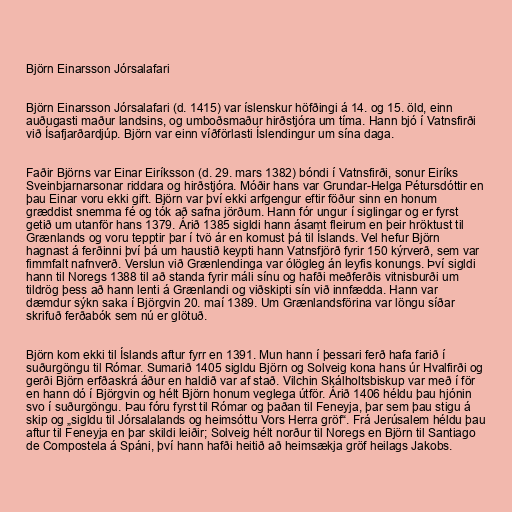
Björn Einarsson Jórsalafari

Björn Einarsson Jórsalafari (d. 1415) var íslenskur höfðingi á 14. og 15. öld, einn
auðugasti maður landsins, og umboðsmaður hirðstjóra um tíma. Hann bjó í Vatnsfirði
við Ísafjarðardjúp. Björn var einn víðförlasti Íslendingur um sína daga.

Faðir Björns var Einar Eiríksson (d. 29. mars 1382) bóndi í Vatnsfirði, sonur Eiríks
Sveinbjarnarsonar riddara og hirðstjóra. Móðir hans var Grundar-Helga Pétursdóttir en
þau Einar voru ekki gift. Björn var því ekki arfgengur eftir föður sinn en honum
græddist snemma fé og tók að safna jörðum. Hann fór ungur í siglingar og er fyrst
getið um utanför hans 1379. Árið 1385 sigldi hann ásamt fleirum en þeir hröktust til
Grænlands og voru tepptir þar í tvö ár en komust þá til Íslands. Vel hefur Björn
hagnast á ferðinni því þá um haustið keypti hann Vatnsfjörð fyrir 150 kýrverð, sem var
fimmfalt nafnverð. Verslun við Grænlendinga var ólögleg án leyfis konungs. Því sigldi
hann til Noregs 1388 til að standa fyrir máli sínu og hafði meðferðis vitnisburði um
tildrög þess að hann lenti á Grænlandi og viðskipti sín við innfædda. Hann var
dæmdur sýkn saka í Björgvin 20. maí 1389. Um Grænlandsförina var löngu síðar
skrifuð ferðabók sem nú er glötuð.

Björn kom ekki til Íslands aftur fyrr en 1391. Mun hann í þessari ferð hafa farið í
suðurgöngu til Rómar. Sumarið 1405 sigldu Björn og Solveig kona hans úr Hvalfirði og
gerði Björn erfðaskrá áður en haldið var af stað. Vilchin Skálholtsbiskup var með í för
en hann dó í Björgvin og hélt Björn honum veglega útför. Árið 1406 héldu þau hjónin
svo í suðurgöngu. Þau fóru fyrst til Rómar og þaðan til Feneyja, þar sem þau stigu á
skip og „sigldu til Jórsalalands og heimsóttu Vors Herra gröf“. Frá Jerúsalem héldu þau
aftur til Feneyja en þar skildi leiðir; Solveig hélt norður til Noregs en Björn til Santiago
de Compostela á Spáni, því hann hafði heitið að heimsækja gröf heilags Jakobs.